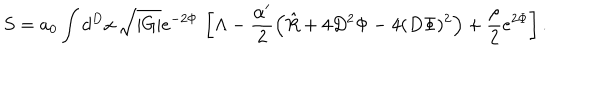
S = a _ { 0 } \int d ^ { D } x \, \sqrt { | G | } e ^ { - 2 \Phi } \, \left[ \Lambda - \frac { \alpha ^ { \prime } } { 2 } \left( \hat { R } + 4 D ^ { 2 } \Phi - 4 ( D \Phi ) ^ { 2 } \right) + \frac { \rho } { 2 } e ^ { 2 \Phi } \right] . \,